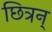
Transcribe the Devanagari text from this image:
छित्रन्